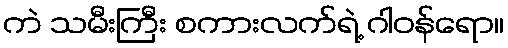
ကဲ သမီးကြီး စကားလက်ရဲ့ ဂါဝန်ရော။